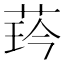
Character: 𦲖